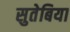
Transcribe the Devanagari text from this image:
सुतेबिया